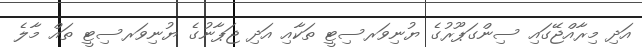
އަދި މިރާއްޖޭގައި ސިންގަޕޫރުގެ ޔުނިވަރސިޓީ ތަކާއި އަދި ޖަޕާނުގެ ޔުނިވަރސިޓީ ތައް މާލެ